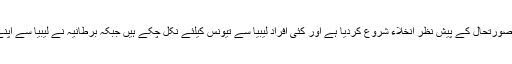
دریں اثناء غیرملکیوں نے لیبیا کی روز بہ روز بگڑتی صورتحال کے پیش نظر انخلاء شروع کردیا ہے اور کئی افراد لیبیا سے تیونس کیلئے نکل چکے ہیں جبکہ برطانیہ نے لیبیا سے اپنے شہریوں کو نکالنے کیلئے چارٹرڈ طیارہ بھیج دیا ہے۔